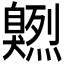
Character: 𦤭